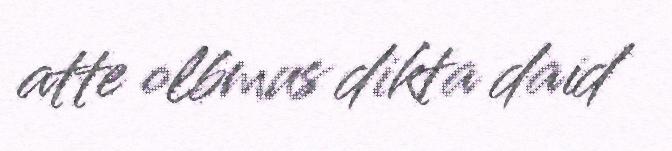
atte olbmus dikta daid